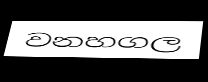
වනහගල